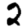
Digit: 2